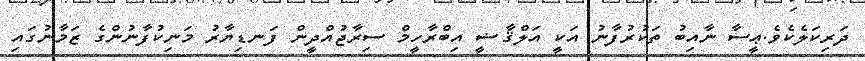
ދަރިކަލެކެވެ.ޢީސާ ނާއިބު ތަކުރުފާނު އަކީ އަލްޤާޟީ އިބްރާހީމް ސިރާޖުއްދީން ފަނޑިޔާރު މަނިކުފާނުންގެ ޒަމާނުގައި